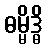
ဓမ္မိဒ္ဓိ